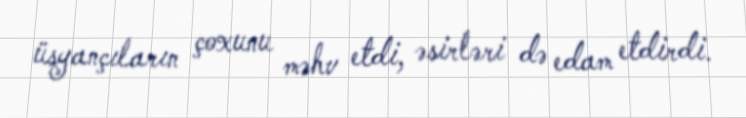
üsyançıların çoxunu məhv etdi, əsirləri də edam etdirdi.